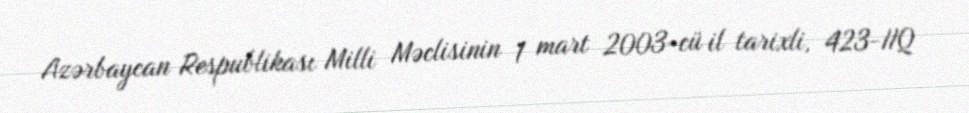
Azərbaycan Respublikası Milli Məclisinin 1 mart 2003-cü il tarixli, 423-IIQ